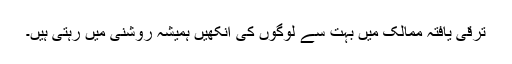
ترقی یافتہ ممالک میں بہت سے لوگوں کی آنکھیں ہمیشہ روشنی میں رہتی ہیں۔